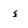
Character: s